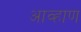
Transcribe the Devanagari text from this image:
आव्हाण